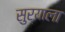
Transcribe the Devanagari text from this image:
सुर्याला